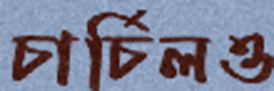
চার্চিলও